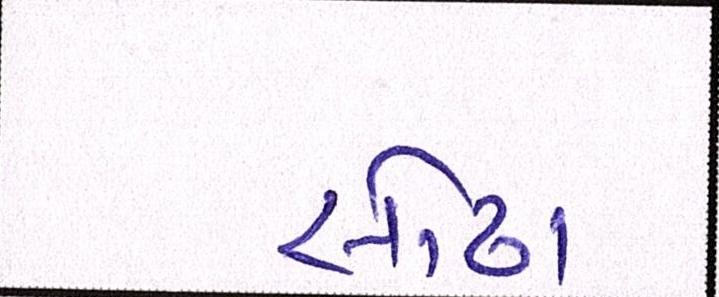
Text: સોઢા